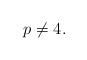
LaTeX: \begin{align*}p\ne4.\end{align*}